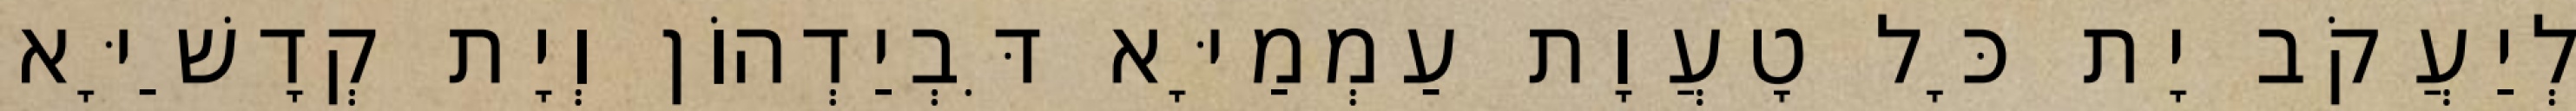
לְיַעֲקֹב יָת כָּל טָעֲוָת עַמְמַיָּא דִּבְיַדְהוֹן וְיָת קְדָשַׁיָּא